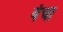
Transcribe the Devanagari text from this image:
यंचा